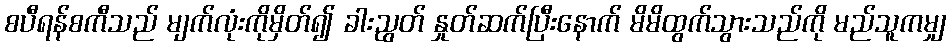
စပီရန်စကီသည် မျက်လုံးကိုမှိတ်၍ ခါးညွတ် နှုတ်ဆက်ပြီးနောက် မိမိထွက်သွားသည်ကို မည်သူကမျှ